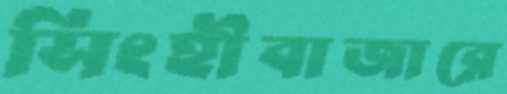
সিংহীবাজারে